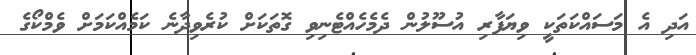
އަދި އެ މަސައްކަތަކީ ވިޔަފާރި އުސޫލުން ދެމެހެއްޓެނިވި ގޮތަކަށް ކުރެވިދާނެ ކަމެއްކަމަށް ވެމްކޯގެ